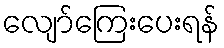
လျော်ကြေးပေးရန်